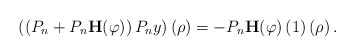
\begin{align*}\left( \left( P_{n}+P_{n}\mathbf{H}(\varphi)\right) P_{n}y\right) \left(\rho\right) =-P_{n}\mathbf{H}(\varphi)\left( 1\right) \left( \rho\right). \end{align*}